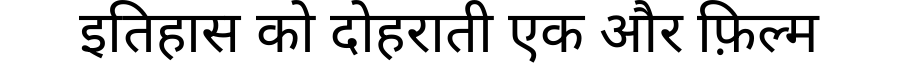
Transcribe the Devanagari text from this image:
इतिहास को दोहराती एक और फ़िल्म